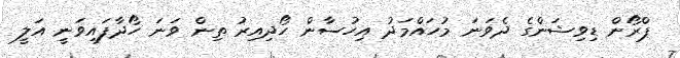
ޕްރޯން ޑިވިޝަންގެ ދެވަނަ މުހައްމަދު އިހުސާން ހޯދިއިރު ތިން ވަނަ ހޯދާފައިވަނީ އަލީ